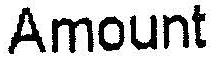
AMOUNT